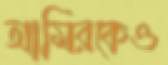
আমিরকেও